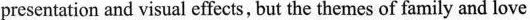
presentation and visual effects, but the themes of family and love